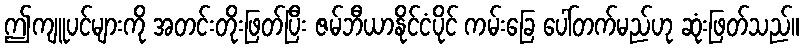
ဤကျူပင်များကို အတင်းတိုးဖြတ်ပြီး ဇမ်ဘီယာနိုင်ငံပိုင် ကမ်းခြေ ပေါ်တက်မည်ဟု ဆုံးဖြတ်သည်။